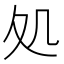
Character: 処